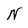
Character: N